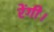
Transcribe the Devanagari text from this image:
रेंगी।